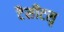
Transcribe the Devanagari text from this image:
टैसीटसृ